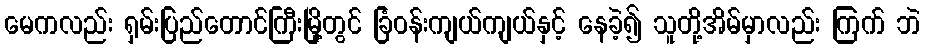
မေကလည်း ရှမ်းပြည်တောင်ကြီးမြို့တွင် ခြံဝန်းကျယ်ကျယ်နှင့် နေခဲ့၍ သူတို့အိမ်မှာလည်း ကြက် ဘဲ